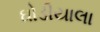
ઘોડીયાલા